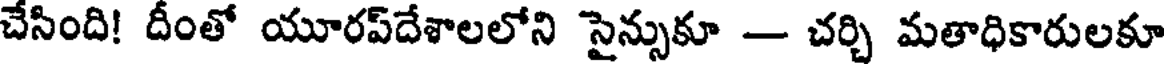
చేసింది! దీంతో యూరప్దేశాలలోని సైన్సుకూ - చర్చి మతాధికారులకూ